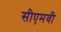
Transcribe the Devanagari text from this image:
सीएमवी